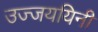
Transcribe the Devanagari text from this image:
उज्जययिनी